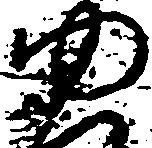
ゆ